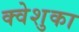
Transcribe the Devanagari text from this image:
क्वेशुका